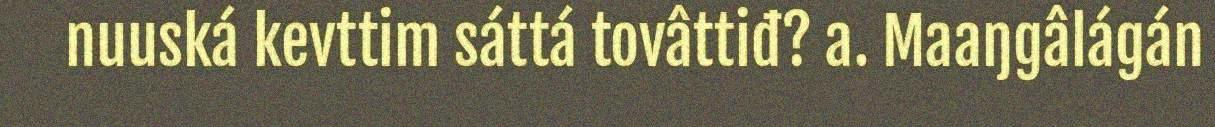
nuuská kevttim sáttá tovâttiđ? a. Maaŋgâlágán